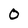
Character: 0